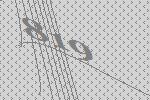
819